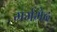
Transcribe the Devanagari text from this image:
मर्मभेद